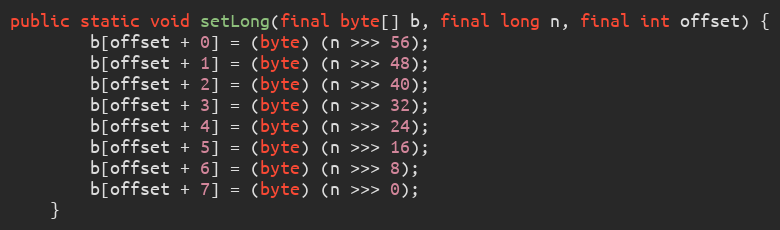
Language: Java
public static void setLong(final byte[] b, final long n, final int offset) {
        b[offset + 0] = (byte) (n >>> 56);
        b[offset + 1] = (byte) (n >>> 48);
        b[offset + 2] = (byte) (n >>> 40);
        b[offset + 3] = (byte) (n >>> 32);
        b[offset + 4] = (byte) (n >>> 24);
        b[offset + 5] = (byte) (n >>> 16);
        b[offset + 6] = (byte) (n >>> 8);
        b[offset + 7] = (byte) (n >>> 0);
    }